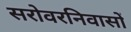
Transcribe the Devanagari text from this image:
सरोवरनिवासों